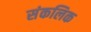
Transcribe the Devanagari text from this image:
संकलिक